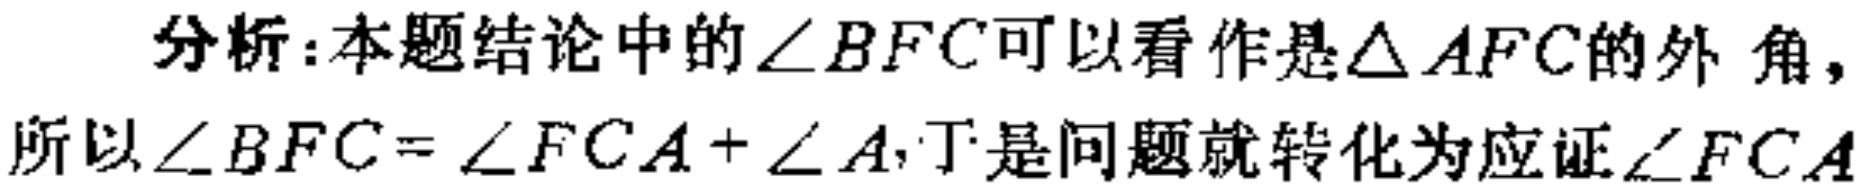
分析：本题结论中的\(\angle BFC\)可以看作是\(\triangle AFC\)的外角，所以\(\angle BFC = \angle FCA+\angle A\)，于是问题就转化为应证\(\angle FCA\)